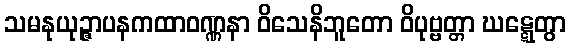
သမနုယုဉ္ဇာပနကထာဝဏ္ဏနာ ဝိသေနိဘူတော ဝိပုဗ္ဗတ္တာ ဃဋ္ဋေတွာ